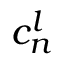
c _ { n } ^ { l }